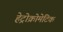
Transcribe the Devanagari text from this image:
हेट्रोक्रोमेटिक